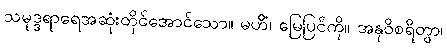
သမုဒ္ဒရာရေအဆုံးတိုင်အောင်သော။ မဟိံ၊ မြေပြင်ကို။ အနုဝိစရိတွာ၊